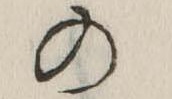
の